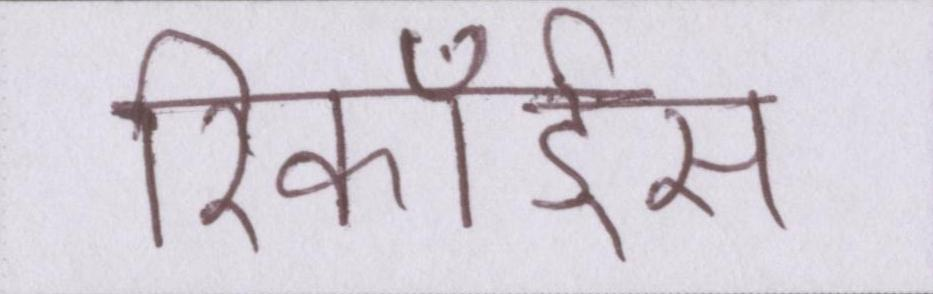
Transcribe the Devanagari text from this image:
रिकॉर्ड्स